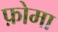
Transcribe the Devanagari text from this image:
फ़ोमा